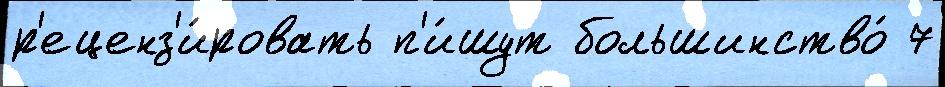
р'еценз'и́ровать п'и́шут большинство́ 7